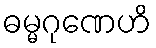
ဓမ္မဂုဏေဟိ